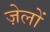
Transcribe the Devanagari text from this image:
ज़ेलों